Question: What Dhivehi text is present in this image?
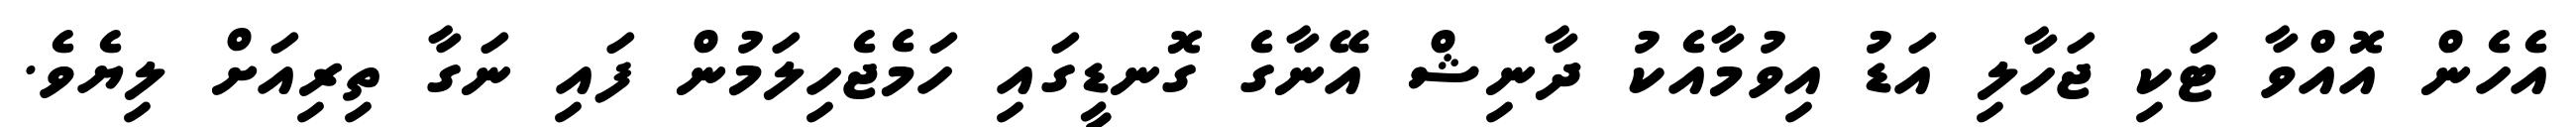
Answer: އެހެން އޮއްވާ ޓަކި ޖަހާލި އަޑު އިވުމާއެކު ދާނިޝް އޭނާގެ ގޮނޑީގައި ހަމެޖެހިލަމުން ފައި ނަގާ ތިރިއަށް ލިޔެވެ.